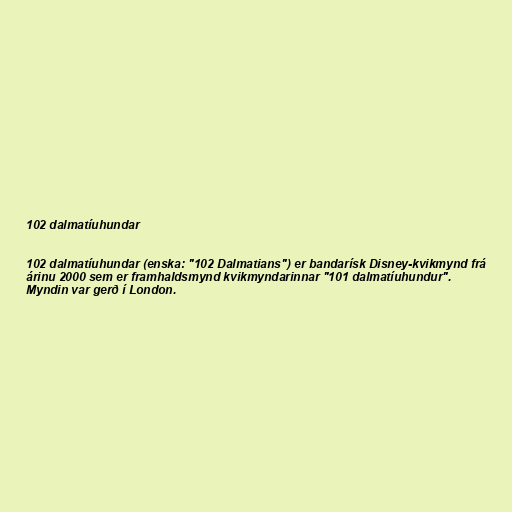
102 dalmatíuhundar

102 dalmatíuhundar (enska: "102 Dalmatians") er bandarísk Disney-kvikmynd frá
árinu 2000 sem er framhaldsmynd kvikmyndarinnar "101 dalmatíuhundur".
Myndin var gerð í London.